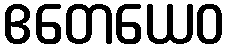
ဧတေယေဝ